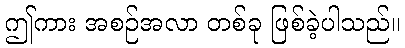
ဤကား အစဉ်အလာ တစ်ခု ဖြစ်ခဲ့ပါသည်။